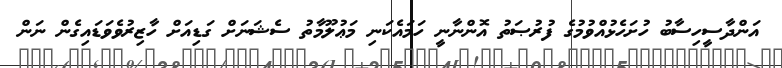
އަންދާސީހިސާބު ހުށަހެޅުއްވުމުގެ ފުރުޞަތު އޮންނާނީ ހަމައެކަނި މަޢުލޫމާތު ސެޝަނަށް ގަޑިއަށް ހާޒިރުވެވަޑައިގެން ނަން